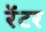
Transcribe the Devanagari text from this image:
रेंटर